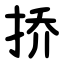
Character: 挢